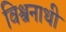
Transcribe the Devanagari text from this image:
विश्वनाथी